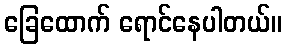
ခြေထောက် ရောင်နေပါတယ်။